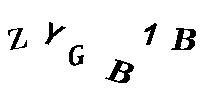
ZYGB1B